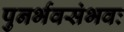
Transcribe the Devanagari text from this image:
पुनर्भवसंभवः